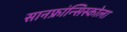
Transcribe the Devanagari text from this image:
सानफ्रांन्सिस्कोला